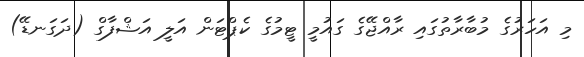
މި އަހަރުގެ މުބާރާތުގައި ރާއްޖޭގެ ގައުމީ ޓީމުގެ ކެޕްޓަން އަލީ އަޝްފާގް (ދަގަނޑޭ)